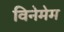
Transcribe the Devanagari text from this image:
विनेमेम